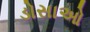
ડોસાઓ